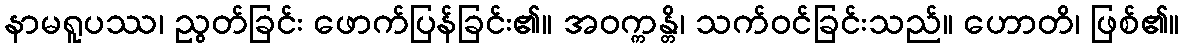
နာမရူပဿ၊ ညွတ်ခြင်း ဖောက်ပြန်ခြင်း၏။ အဝက္ကန္တိ၊ သက်ဝင်ခြင်းသည်။ ဟောတိ၊ ဖြစ်၏။